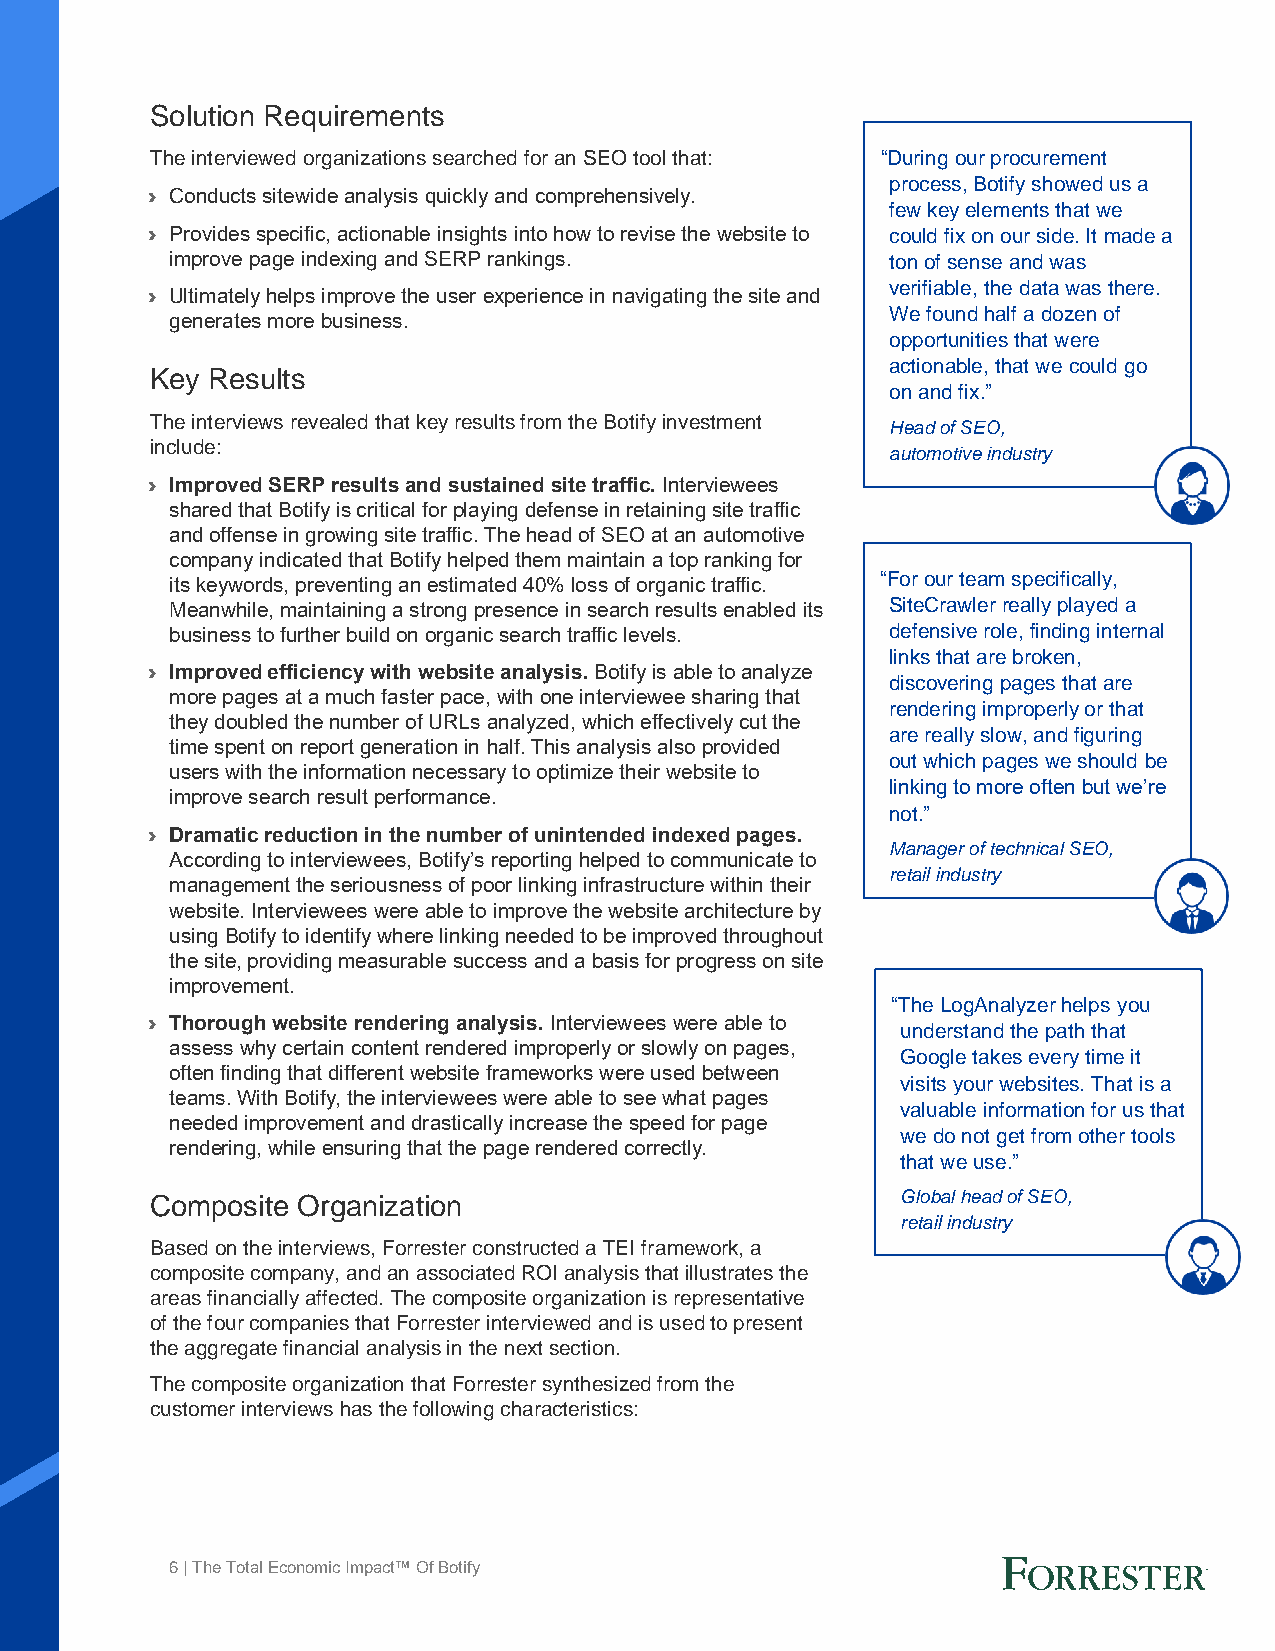
Solution Requirements
 The interviewed organizations searched for an SEO tool that: “During our procurement
 process, Botify showed us a
 › Conducts sitewide analysis quickly and comprehensively.
 few key elements that we
 › Provides specific, actionable insights into how to revise the website to could fix on our side. It made a
 improve page indexing and SERP rankings.        ton of sense and was
 verifiable, the data was there.
 › Ultimately helps improve the user experience in navigating the site and
 We found half a dozen of
 generates more business.
 opportunities that were
 actionable, that we could go
 Key Results
 on and fix.”
 The interviews revealed that key results from the Botify investment
 Head of SEO,
 include:
 automotive industry
 › Improved SERP results and sustained site traffic. Interviewees
 shared that Botify is critical for playing defense in retaining site traffic
 and offense in growing site traffic. The head of SEO at an automotive
 company indicated that Botify helped them maintain a top ranking for
 its keywords, preventing an estimated 40% loss of organic traffic. “For our team specifically,
 Meanwhile, maintaining a strong presence in search results enabled its SiteCrawler really played a
 business to further build on organic search traffic levels. defensive role, finding internal
 links that are broken,
 › Improved efficiency with website analysis. Botify is able to analyze
 discovering pages that are
 more pages at a much faster pace, with one interviewee sharing that
 rendering improperly or that
 they doubled the number of URLs analyzed, which effectively cut the
 are really slow, and figuring
 time spent on report generation in half. This analysis also provided
 out which pages we should be
 users with the information necessary to optimize their website to
 linking to more often but we’re
 improve search result performance.
 not.”
 › Dramatic reduction in the number of unintended indexed pages.
 Manager of technical SEO,
 According to interviewees, Botify’s reporting helped to communicate to
 retail industry
 management the seriousness of poor linking infrastructure within their
 website. Interviewees were able to improve the website architecture by
 using Botify to identify where linking needed to be improved throughout
 the site, providing measurable success and a basis for progress on site
 improvement.
 “The LogAnalyzer helps you
 › Thorough website rendering analysis. Interviewees were able to
 understand the path that
 assess why certain content rendered improperly or slowly on pages,
 Google takes every time it
 often finding that different website frameworks were used between
 visits your websites. That is a
 teams. With Botify, the interviewees were able to see what pages
 valuable information for us that
 needed improvement and drastically increase the speed for page
 we do not get from other tools
 rendering, while ensuring that the page rendered correctly.
 that we use.”
 Composite Organization                            Global head of SEO,
 retail industry
 Based on the interviews, Forrester constructed a TEI framework, a
 composite company, and an associated ROI analysis that illustrates the
 areas financially affected. The composite organization is representative
 of the four companies that Forrester interviewed and is used to present
 the aggregate financial analysis in the next section.
 The composite organization that Forrester synthesized from the
 customer interviews has the following characteristics:
 6 | The Total Economic Impact™ Of Botify